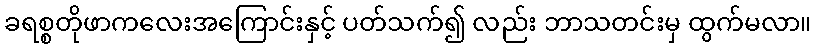
ခရစ္စတိုဖာကလေးအကြောင်းနှင့် ပတ်သက်၍ လည်း ဘာသတင်းမှ ထွက်မလာ။